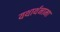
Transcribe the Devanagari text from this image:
यथार्थनामा